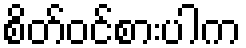
စိတ်ဝင်စားပါက